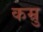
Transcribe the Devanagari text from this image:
कम्रु